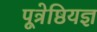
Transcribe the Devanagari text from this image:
पूत्रेष्ठियज्ञ